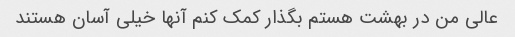
عالی من در بهشت ​​هستم بگذار کمک کنم آنها خیلی آسان هستند